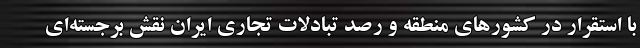
با استقرار در کشورهای منطقه و رصد تبادلات تجاری ایران نقش برجسته‌ای